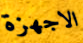
الاجهزة